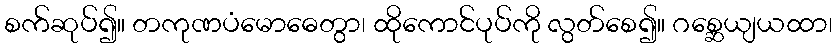
စက်ဆုပ်၍။ တကုဏပံမောဓေတွာ၊ ထိုကောင်ပုပ်ကို လွတ်စေ၍။ ဂစ္ဆေယျယထာ၊